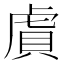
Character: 𬟫